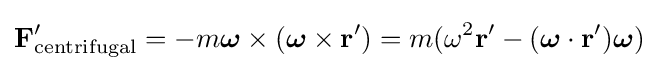
\mathbf {F} '_{\mathrm {centrifugal} }=-m{\boldsymbol {\omega }}\times ({\boldsymbol {\omega }}\times \mathbf {r} ')=m(\omega ^{2}\mathbf {r} '-({\boldsymbol {\omega }}\cdot \mathbf {r} '){\boldsymbol {\omega }})